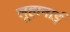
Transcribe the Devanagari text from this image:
लूहानाई